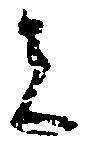
者